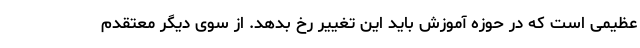
عظیمی است که در حوزه آموزش باید این تغییر رخ بدهد. از سوی دیگر معتقدم